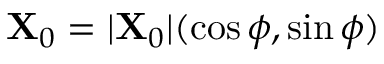
\mathbf { X } _ { 0 } = \vert \mathbf { X } _ { 0 } \vert ( \cos \phi , \sin \phi )